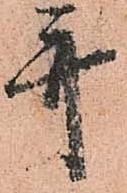
幷